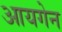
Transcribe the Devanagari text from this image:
आयगेन